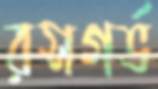
রসগর্ভ